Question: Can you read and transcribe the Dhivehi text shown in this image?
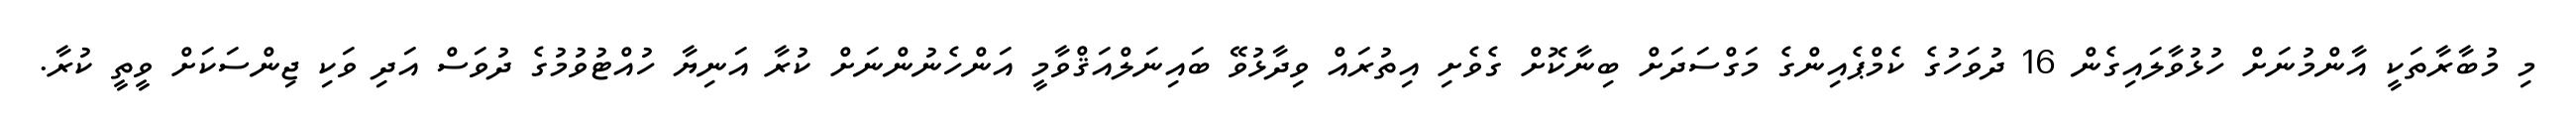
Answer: މި މުބާރާތަކީ އާންމުނަށް ހުޅުވާލައިގެން 16 ދުވަހުގެ ކެމްޕެއިންގެ މަގްސަދަށް ބިނާކޮށް ގެވެށި އިތުރައް ވިދާޅުވޭ ބައިނަލްއަޤްވާމީ އަންހެނުންނަށް ކުރާ އަނިޔާ ހުއްޓުވުމުގެ ދުވަސް އަދި ވަކި ޖިންސަކަށް ވީތީ ކުރާ.